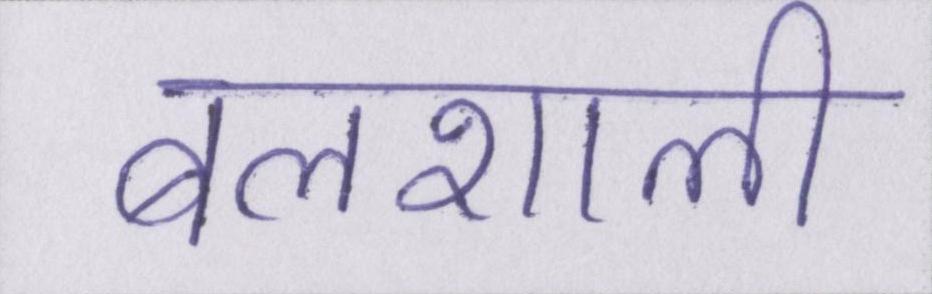
बलशाली